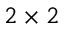
2 \times 2